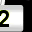
Digit: 2